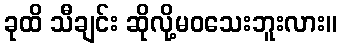
ခုထိ သီချင်း ဆိုလို့မဝသေးဘူးလား။